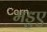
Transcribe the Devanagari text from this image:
मडुए